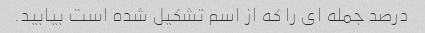
درصد جمله ای را که از اسم تشکیل شده است بیابید.